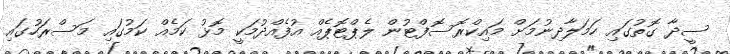
ސީދާ ގޮތުގައި ހަމަލާދިނުމަށް މައިކްރޮސޮފްޓުން ލެޕްޓޮޕެއް އުފެއްދުމަކީ މޮޅު ކަމެއް ކަމުގައި މަސްރަހުގައި